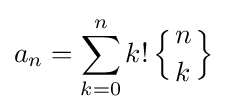
a_{n}=\sum _{k=0}^{n}k!\left\{{n \atop k}\right\}